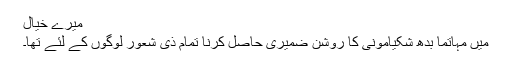
میرے خیال
میں مہاتما بدھ شکیامونی کا روشن ضمیری حاصل کرنا تمام ذی شعور لوگوں کے لئے تھا۔